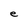
Character: e